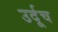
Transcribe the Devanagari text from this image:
उर्दूच